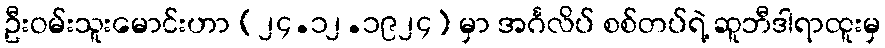
ဦးဝမ်းသူးမောင်းဟာ (၂၄.၁၂.၁၉၂၄) မှာ အင်္ဂလိပ် စစ်တပ်ရဲ့ ဆူဘီဒါရာထူးမှ